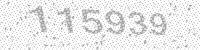
Solution: 115939